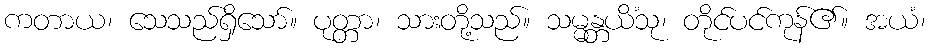
ကတာယ၊ သေသည်ရှိသော်။ ပုတ္တာ၊ သားတို့သည်။ သမ္မန္တယိံသု၊ တိုင်ပင်ကုန်၏။ အယံ၊